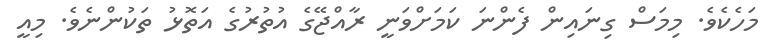
މަހެކެވެ. މިމަސް ގިނައިން ފެންނަ ކަމަށްވަނީ ރާއްޖޭގެ އުތުރުގެ އަތޮޅު ތަކުންނެވެ. މިއީ